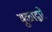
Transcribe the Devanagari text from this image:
मुळाद्वारे